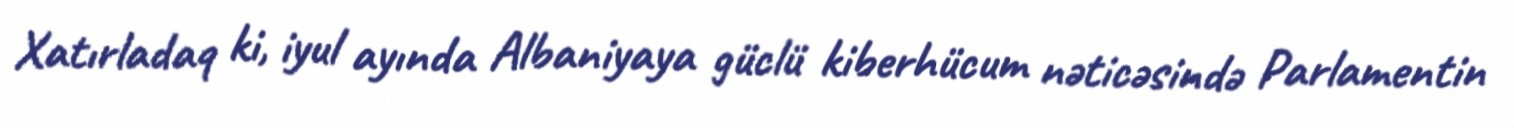
Xatırladaq ki, iyul ayında Albaniyaya güclü kiberhücum nəticəsində Parlamentin